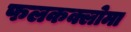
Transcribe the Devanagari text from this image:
फलकक्लोमा